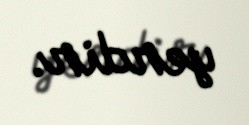
yerdir.